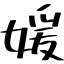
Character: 媛